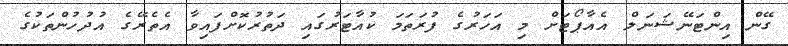
ގޭން އިންޓަނޭޝަނަލް އެއާޕޯޓަށް މި އަހަރުގެ ފުރަތަމަ ކުއާޓަރުގައި ދަތުރުކޮށްފައިވާ އެތެރޭގެ އުދުހުންތަކުގެ